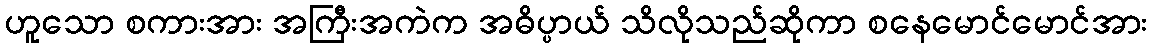
ဟူသော စကားအား အကြီးအကဲက အဓိပ္ပာယ် သိလိုသည်ဆိုကာ စနေမောင်မောင်အား